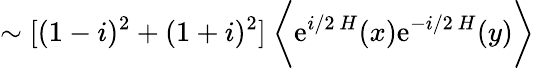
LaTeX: \sim[(1-i)^{2}+(1+i)^{2}]\ \biggl\langle\mathrm{e}^{i/2\ H}(x)\mathrm{e}^{-i/2\ H}(y)\biggl\rangle